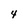
Character: 4